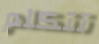
تتكلم